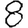
Digit: 8